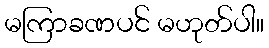
မကြာခဏပင် မဟုတ်ပါ။